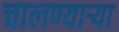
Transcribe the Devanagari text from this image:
चालण्यार्‍या